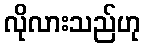
လိုလားသည်ဟု